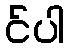
င်ပါ